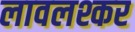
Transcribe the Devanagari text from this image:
लावलश्कर